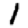
Digit: 1